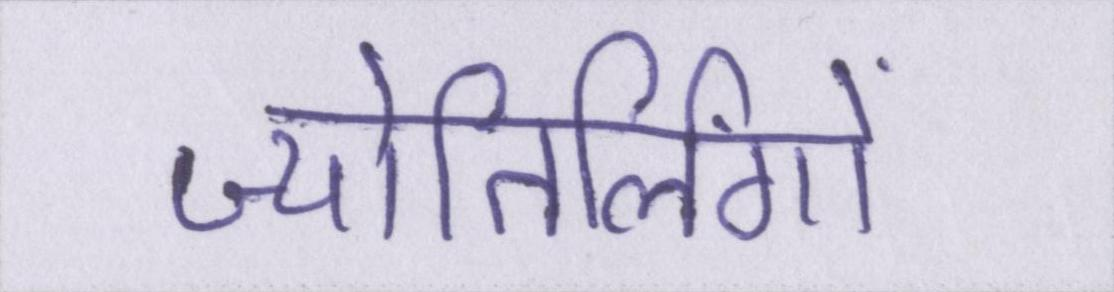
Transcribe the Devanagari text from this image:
ज्योतिर्लिंगों